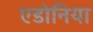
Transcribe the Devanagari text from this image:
एडोनिया